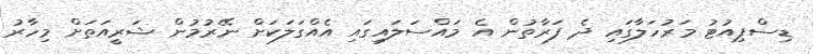
ޑިސްޕިއުޓު މަރުހަލާގައި ދެ ފަރާތުން އެ މައްސަލައިގައި އެއްގަލަކަށް ނޭރުމުން ޝަރީއަތަށް މިހާރު